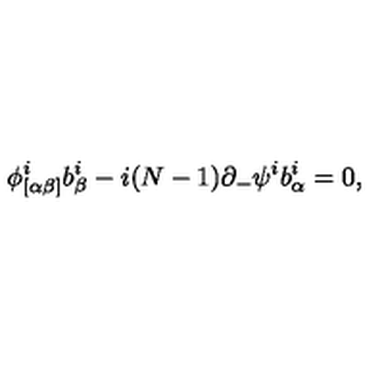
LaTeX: \phi _ { [ \alpha \beta ] } ^ { i } b _ { \beta } ^ { i } - i ( N - 1 ) \partial _ { - } \psi ^ { i } b _ { \alpha } ^ { i } = 0 ,